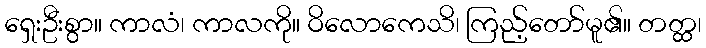
ရှေးဦးစွာ။ ကာလံ၊ ကာလကို။ ဝိလောကေသိ၊ ကြည့်တော်မူ၏။ တတ္ထ၊